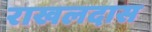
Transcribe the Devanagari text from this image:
राखलदास